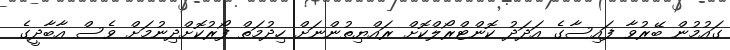
ގައުމުން ބޭރުވާ ފައިސާގެ އަދަދު ކޮންޓްރޯލްކޮށް ރައްޔިތުންނަށް ހިދުމަތް ފޯރުކޮށްދިނުމަށް ވެސް އާބާދީގެ